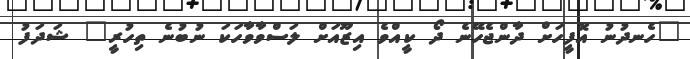
"ހެނދުނު އޮފީހަށް ދާންޖެހޭނެ ދޯ ކީއްވެ އިޒޫއަށް ލަސްވާވާހަކަ ނުބުނެ ތިހުރީ" ޝަދަފު